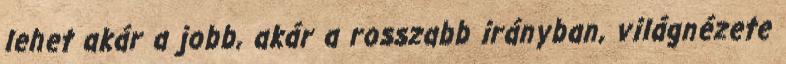
lehet akár a jobb, akár a rosszabb irányban, világnézete